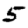
Digit: 5